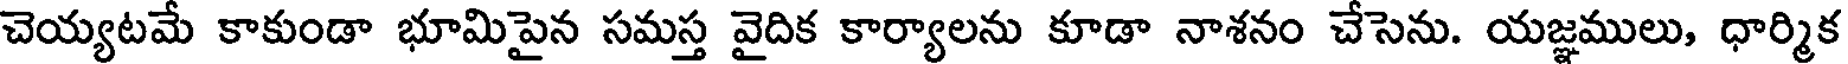
చెయ్యటమే కాకుండా భూమిపైన సమస్త వైదిక కార్యాలను కూడా నాశనం చేసెను. యజ్ఞములు, ధార్మిక